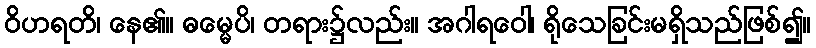
ဝိဟရတိ၊ နေ၏။ ဓမ္မေပိ၊ တရား၌လည်း။ အဂါရဝေါ၊ ရိုသေခြင်းမရှိသည်ဖြစ်၍။